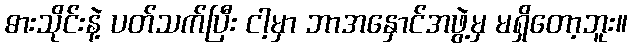
ဓားသိုင်းနဲ့ ပတ်သက်ပြီး ငါ့မှာ ဘာအနှောင်အဖွဲ့မှ မရှိတော့ဘူး။